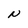
Character: N